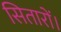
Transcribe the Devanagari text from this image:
सितारों।